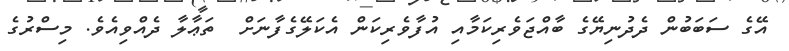
އޭގެ ސަބަބުން ދެދުނިޔޭގެ ބާއްޖަވެރިކަމާއި އުފާވެރިކަން އެކަލޭގެފާނަށް  ތަޢާލާ ދެއްވިއެވެ. މިސްރުގެ